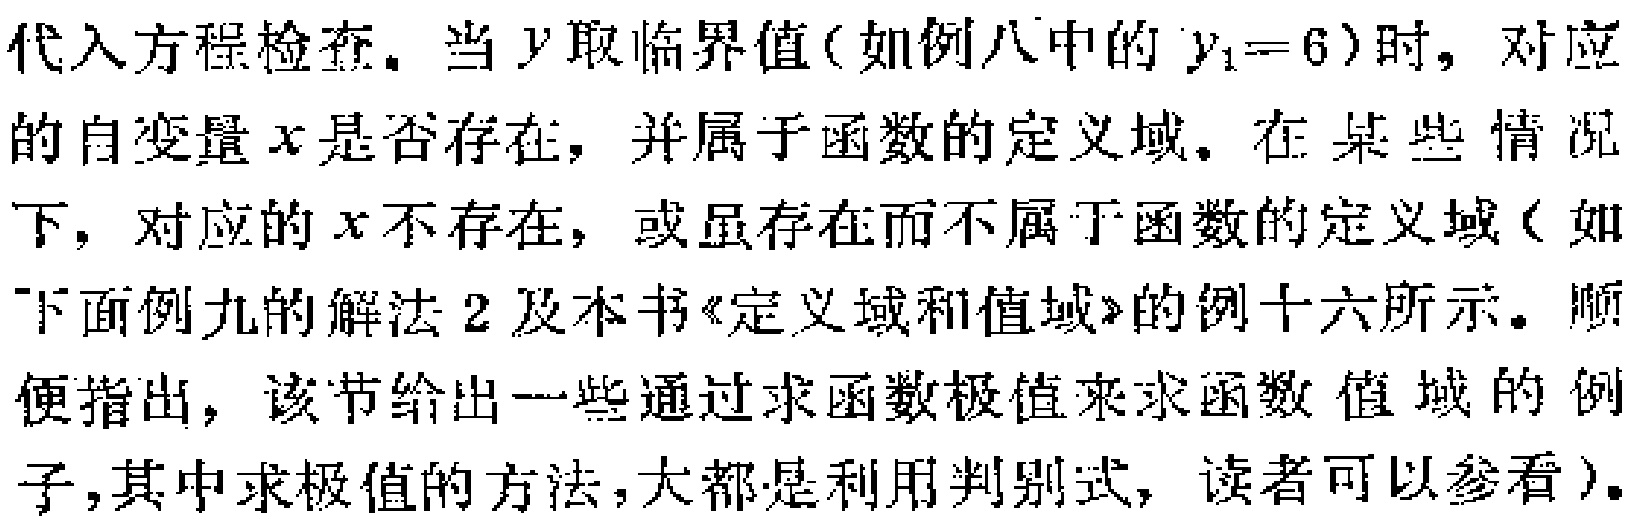
代入方程检查。当\(y\)取临界值(如例八中的\(y_{1}=6\))时，对应的自变量\(x\)是否存在，并属于函数的定义域。在某些情况下，对应的\(x\)不存在，或虽存在而不属于函数的定义域(如下面例九的解法2及本书《定义域和值域》的例十六所示。顺便指出，该节给出一些通过求函数极值来求函数值域的例子，其中求极值的方法，大都是利用判别式，读者可以参看)。